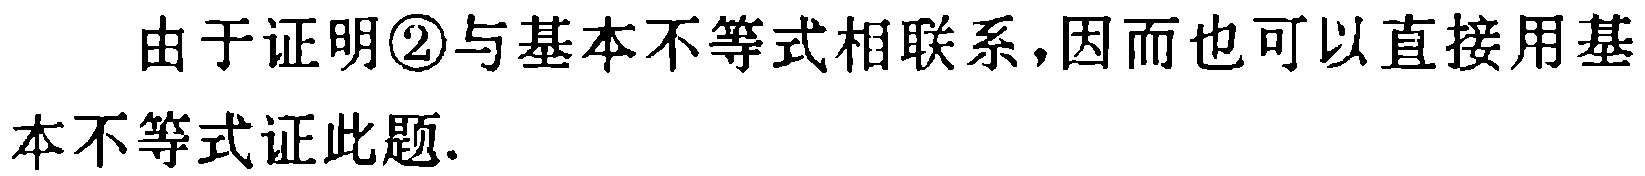
由于证明\textcircled{2}与基本不等式相联系，因而也可以直接用基本不等式证此题.